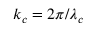
k _ { c } = 2 \pi / \lambda _ { c }